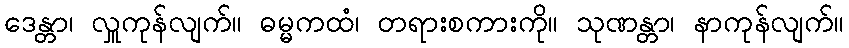
ဒေန္တာ၊ လှူကုန်လျက်။ ဓမ္မကထံ၊ တရားစကားကို။ သုဏန္တာ၊ နာကုန်လျက်။